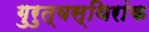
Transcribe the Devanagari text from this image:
गुरुत्वस्थिरांक